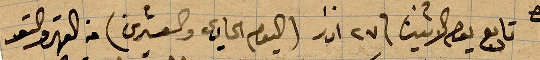
تابع يوم الاثنين ٢٧ اذار (اليوم الحادي والعشرين) من القهر والتعب